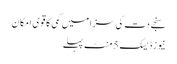
سنجے دت کی سزا میں کمی کا قوی امکان
نیوز ڈیسک 5 منٹ پہلے